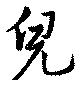
兒